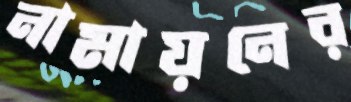
নামায়নের